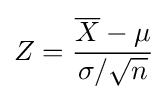
Z={\frac {{\overline {X}}-\mu }{\sigma /{\sqrt {n}}}}